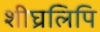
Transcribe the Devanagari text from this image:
शीघ्रलिपि